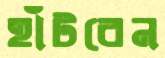
হাঁটবেন